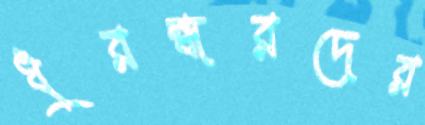
ধুরন্ধরদের